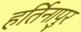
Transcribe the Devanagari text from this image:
हर्तिनापुर